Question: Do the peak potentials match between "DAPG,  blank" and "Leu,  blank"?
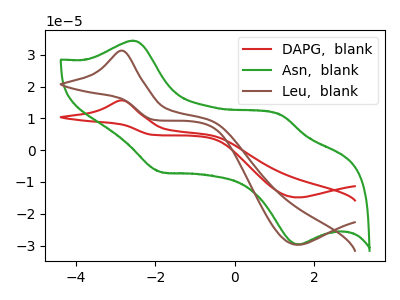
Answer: <think>The red curve "DAPG,  blank" has an anodic peak at (-2.85V, 15.65uA) and a cathodic peak at (1.60V, -14.90uA). The green curve "Asn,  blank" has anodic peaks at (-2.55V, 34.40uA) (1.15V, 11.00uA) and cathodic peaks at (-1.85V, -6.85uA) (1.60V, -29.70uA). The brown curve "Leu,  blank" has an anodic peak at (-2.85V, 31.25uA) and a cathodic peak at (1.60V, -29.75uA).</think>
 <answer>Yes, "DAPG,  blank" have a peak in "Leu,  blank" at the same potential.</answer>
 <eval>match</eval>